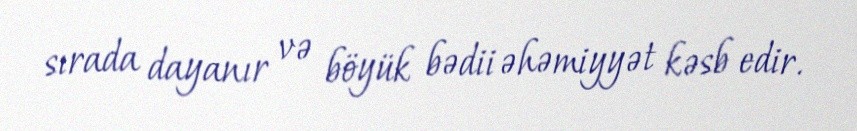
sırada dayanır və böyük bədii əhəmiyyət kəsb edir.